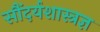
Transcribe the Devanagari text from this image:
सौंदर्यशास्त्रज्ञ